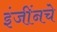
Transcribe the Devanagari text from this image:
इंजींनचे